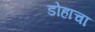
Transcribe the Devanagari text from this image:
डोहाचा